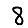
Digit: 8